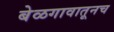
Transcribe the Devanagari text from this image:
बेळगावातूनच